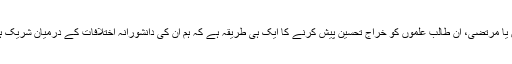
وہ ملالہ ہو، سانحہ پشاور کے متاثرین یا مرتضٰی، ان طالبِ علموں کو خراجِ تحسین پیش کرنے کا ایک ہی طریقہ ہے کہ ہم ان کی دانشورانہ اختلافات کے درمیان شریک ہونے کی صلاحیت پر بھروسہ رکھیں۔